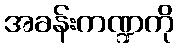
အခန်းကဏ္ဍကို